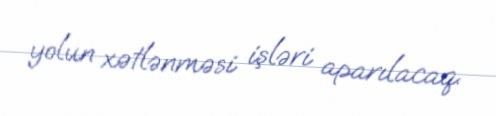
yolun xətlənməsi işləri aparılacaq.